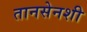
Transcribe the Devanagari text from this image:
तानसेनशी